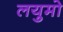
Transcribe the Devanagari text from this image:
लयुमो